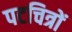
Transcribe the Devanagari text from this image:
पटचित्रों